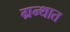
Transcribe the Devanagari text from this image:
ग्रन्थात